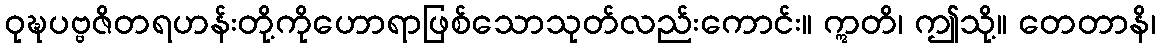
ဝုဍ္ဎပဗ္ဗဇိတရဟန်းတို့ကိုဟောရာဖြစ်သောသုတ်လည်းကောင်း။ ဣတိ၊ ဤသို့။ တေတာနိ၊